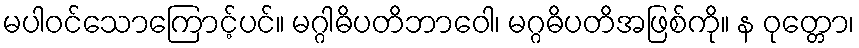
မပါဝင်သောကြောင့်ပင်။ မဂ္ဂါဓိပတိဘာဝေါ၊ မဂ္ဂဓိပတိအဖြစ်ကို။ န ဝုတ္တော၊